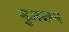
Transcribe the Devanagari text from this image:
गुजरान